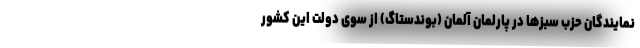
نمایندگان حزب سبزها در پارلمان آلمان (بوندستاگ) از سوی دولت این کشور